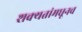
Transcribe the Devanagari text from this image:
शक्यतांमधूनच